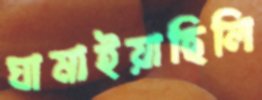
ঘামাইয়াছিলি